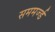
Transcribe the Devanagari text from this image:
सममर्ज्ड